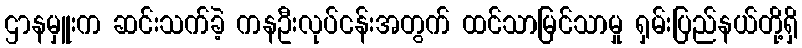
ဌာနမှူးက ဆင်းသက်ခဲ့ ကနဦးလုပ်ငန်းအတွက် ထင်သာမြင်သာမှု ရှမ်းပြည်နယ်တို့ရှိ